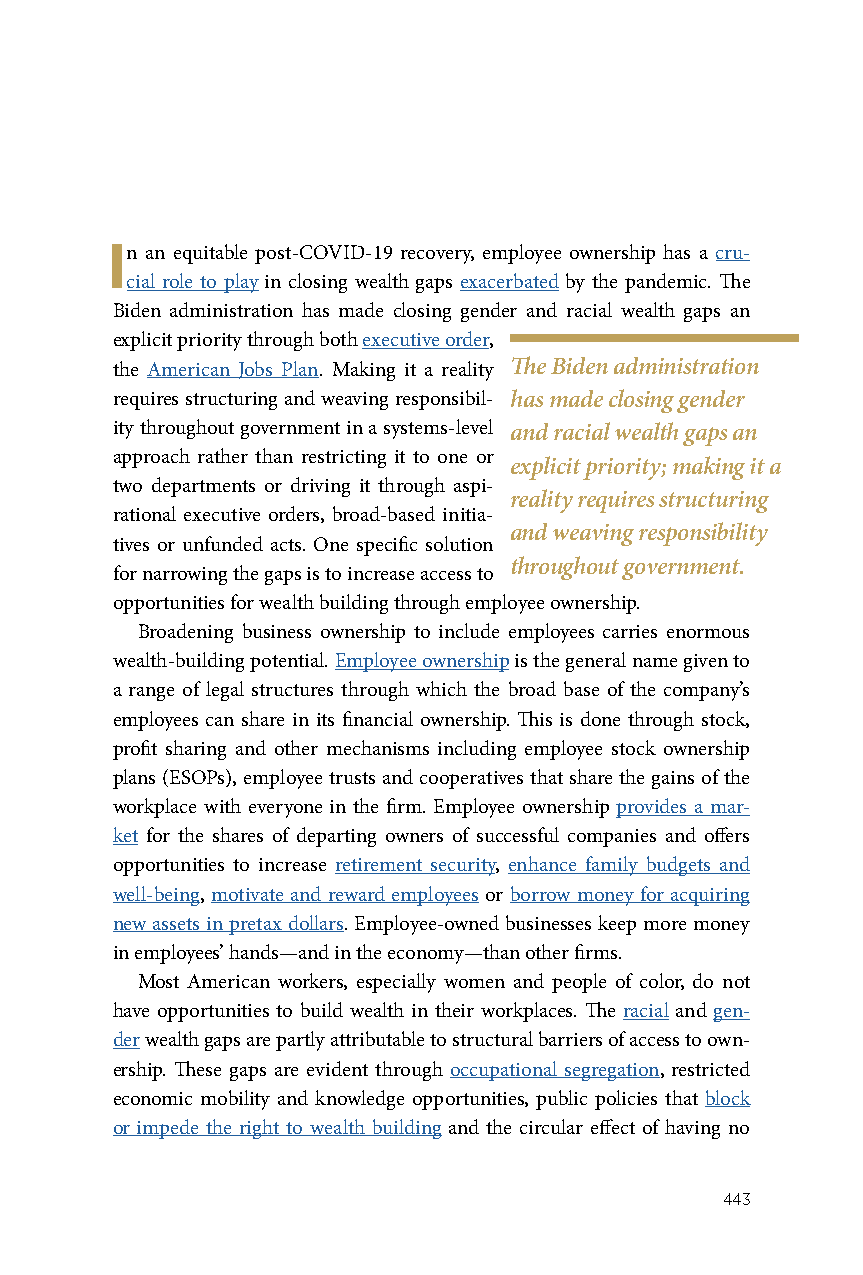
In an equitable post-COVID-19 recovery, employee ownership has a cru-
 cial role to play in closing wealth gaps exacerbated by the pandemic. The
 Biden administration has made closing gender and racial wealth gaps an
 explicit priority through both executive order,
 the American Jobs Plan. Making it a reality The Biden administration
 requires structuring and weaving responsibil- has made closing gender
 ity throughout government in a systems-level and racial wealth gaps an
 approach rather than restricting it to one or
 explicit priority; making it a
 two departments or driving it through aspi-
 reality requires structuring
 rational executive orders, broad-based initia-
 and weaving responsibility
 tives or unfunded acts. One specific solution
 throughout government.
 for narrowing the gaps is to increase access to
 opportunities for wealth building through employee ownership.
 Broadening business ownership to include employees carries enormous
 wealth-building potential. Employee ownership is the general name given to
 a range of legal structures through which the broad base of the company’s
 employees can share in its financial ownership. This is done through stock,
 profit sharing and other mechanisms including employee stock ownership
 plans (ESOPs), employee trusts and cooperatives that share the gains of the
 workplace with everyone in the firm. Employee ownership provides a mar-
 ket for the shares of departing owners of successful companies and offers
 opportunities to increase retirement security, enhance family budgets and
 well-being, motivate and reward employees or borrow money for acquiring
 new assets in pretax dollars. Employee-owned businesses keep more money
 in employees’ hands—and in the economy—than other firms.
 Most American workers, especially women and people of color, do not
 have opportunities to build wealth in their workplaces. The racial and gen-
 der wealth gaps are partly attributable to structural barriers of access to own-
 ership. These gaps are evident through occupational segregation, restricted
 economic mobility and knowledge opportunities, public policies that block
 or impede the right to wealth building and the circular effect of having no
 443